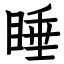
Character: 睡